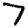
Digit: 7